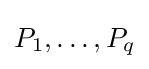
P_{1},\dots ,P_{q}